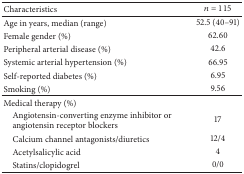
<table><thead><tr><td><b>Characteristics</b></td><td><b><i>n</i> = 115</b></td></tr></thead><tbody><tr><td>Age in years, median (range)</td><td>52.5 (40–91)</td></tr><tr><td>Female gender (%)</td><td>62.60</td></tr><tr><td>Peripheral arterial disease (%)</td><td>42.6</td></tr><tr><td>Systemic arterial hypertension (%)</td><td>66.95</td></tr><tr><td>Self-reported diabetes (%)</td><td>6.95</td></tr><tr><td>Smoking (%)</td><td>9.56</td></tr><tr><td>Medical therapy (%)</td><td> </td></tr><tr><td> Angiotensin-converting enzyme inhibitor or angiotensin receptor blockers</td><td>17</td></tr><tr><td> Calcium channel antagonists/diuretics</td><td>12/4</td></tr><tr><td> Acetylsalicylic acid</td><td>4</td></tr><tr><td> Statins/clopidogrel</td><td>0/0</td></tr></tbody></table>